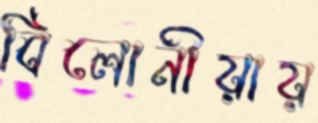
বিলোনীয়ায়